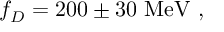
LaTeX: f _ { D } = 2 0 0 \pm 3 0 \ \mathrm { M e V } \ ,